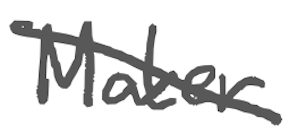
Text: Maker
Cross-out: diagonal
Writing tool: digital_gray